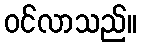
ဝင်လာသည်။